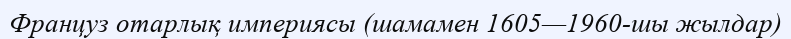
Француз отарлық империясы (шамамен 1605—1960-шы жылдар)